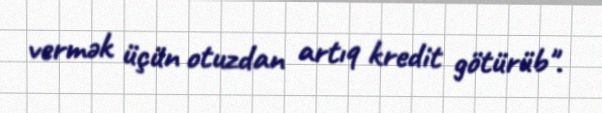
vermək üçün otuzdan artıq kredit götürüb".